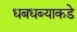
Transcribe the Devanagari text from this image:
धबधब्याकडे